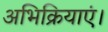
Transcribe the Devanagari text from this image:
अभिक्रियाएं।